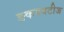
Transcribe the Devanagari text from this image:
ङकयबटीज